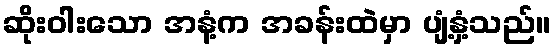
ဆိုးဝါးသော အနံ့က အခန်းထဲမှာ ပျံ့နှံ့သည်။